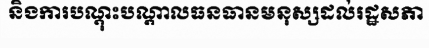
និងការបណ្តុះបណ្តាលធនធានមនុស្សដល់រដ្ឋសភា